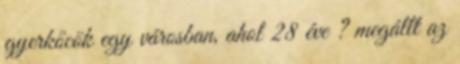
gyerkőcök egy városban, ahol 28 éve ? megállt az